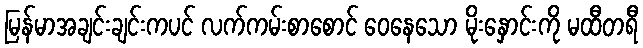
မြန်မာအချင်းချင်းကပင် လက်ကမ်းစာစောင် ဝေနေသော မိုးနှောင်းကို မထီတရီ